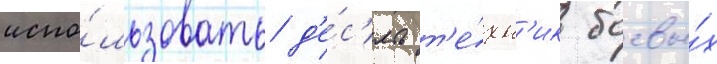
испо́льзовать д'е́с'ять т'е́хн'ик боевы́х